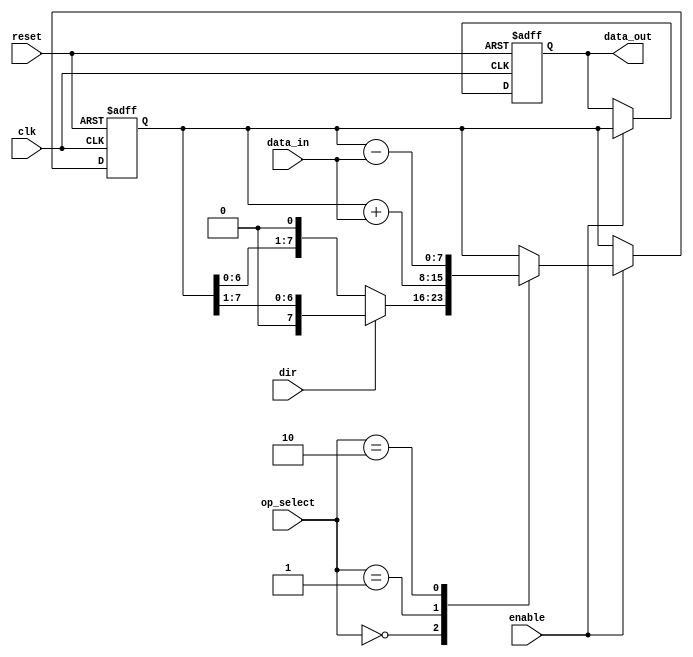
module LogarithmicShiftRegister #(
    parameter WIDTH = 8  // Width of the register
) (
    input wire clk,               // Clock signal
    input wire reset,             // Reset signal
    input wire enable,            // Enable signal for shifting
    input wire dir,               // Direction of shift: 0 for left, 1 for right
    input wire [WIDTH-1:0] data_in,// Data input
    input wire [1:0] op_select,   // Operation select: 00 for shift, 01 for add, 10 for subtract
    output reg [WIDTH-1:0] data_out // Data output
);

    reg [WIDTH-1:0] register;      // Internal register to hold the data

    // Logarithmic shift and arithmetic operations
    always @(posedge clk or posedge reset) begin
        if (reset) begin
            register <= 0;          // Reset the register
            data_out <= 0;          // Clear output on reset
        end else if (enable) begin
            case (op_select)
                2'b00: begin // Shift operation
                    if (dir == 1'b0) begin
                        // Left shift (multiply by 2)
                        register <= register << 1;
                    end else begin
                        // Right shift (divide by 2)
                        register <= register >> 1;
                    end
                end
                2'b01: begin // Addition operation
                    register <= register + data_in; // Add input data
                end
                2'b10: begin // Subtraction operation
                    register <= register - data_in; // Subtract input data
                end
                default: begin
                    // No operation
                end
            endcase
            data_out <= register; // Output the current value of the register
        end
    end

endmodule